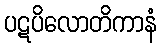
ပဋပိလောတိကာနံ